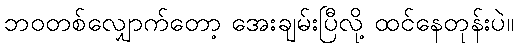
ဘဝတစ်လျှောက်တော့ အေးချမ်းပြီလို့ ထင်နေတုန်းပဲ။